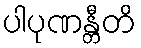
ပါပုဏန္တီတိ